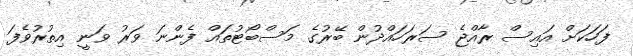
ފަހަކަށް އައިސް ރާއްޖެ ސަރަހައްދުން ބޭރުގެ މަސްބޯޓުތައް ފެންނަ ވަރު ވަނީ އިތުރުވެފަ